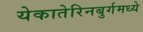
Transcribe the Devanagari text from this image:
येकातेरिनबुर्गमध्ये